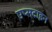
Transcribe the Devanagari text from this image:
एप्सटाइन